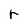
Character: r